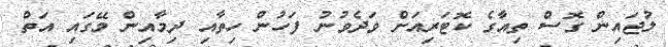
ލުޖައިން ގޮސް ތިއާގެ ކޮޓަރިއަށް ވަދެވުނު ފަހުން ހިތާއި ދިމާއިން މޭގައި އަތް